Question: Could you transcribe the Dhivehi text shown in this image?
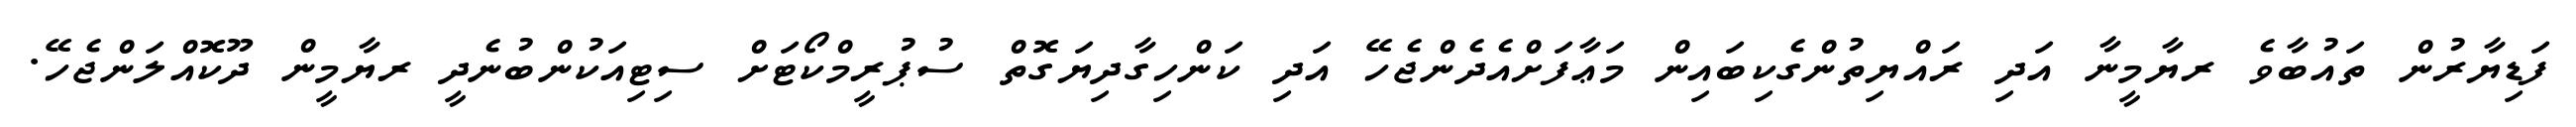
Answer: ފަޑިޔާރުން ތައުބާވެ ރޔާމީނާ އަދި ރައްޔިތުންގެކިބައިން މަޢާފަށްއެދެންޖެހޭ އަދި ކަންހިގާދިޔަގޮތް ސުޕުރީމްކޯޓަށް ސިޓިއަކުންބުނެދީ ރޔާމީން ދޫކޮއްލަންޖެހޭ.